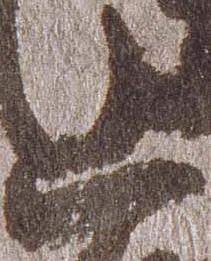
上